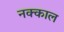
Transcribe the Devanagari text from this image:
नक्काल